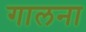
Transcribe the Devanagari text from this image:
गालना